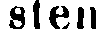
sten